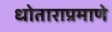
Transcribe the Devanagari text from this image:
धोताराप्रमाणे